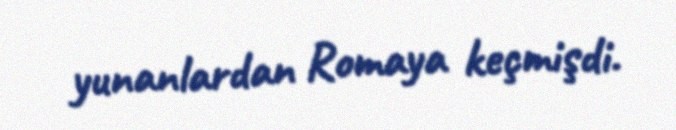
yunanlardan Romaya keçmişdi.